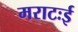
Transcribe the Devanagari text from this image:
मराटःई